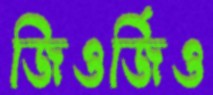
জিওর্জিও